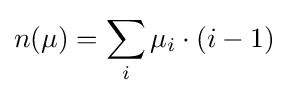
n(\mu )=\sum _{i}\mu _{i}\cdot (i-1)